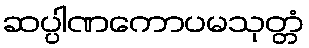
ဆပ္ပါဏကောပမသုတ္တံ